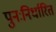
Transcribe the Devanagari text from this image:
पुनःनिर्धारित